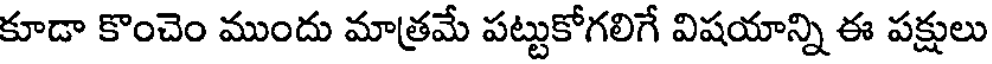
కూడా కొంచెం ముందు మాత్రమే పట్టుకోగలిగే విషయాన్ని ఈ పక్షులు